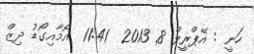
ހަނީ : އޭޕްރީލް 8